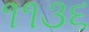
૧૧૩૬